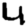
Digit: 4